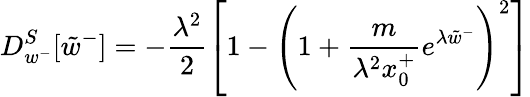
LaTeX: D_{w^{-}}^{S}[\tilde{w}^{-}]=-\frac{\lambda^{2}}{2}\left[1-\left(1+\frac{m}{\lambda^{2}x_{0}^{+}}e^{\lambda\tilde{w}^{-}}\right)^{2}\right]